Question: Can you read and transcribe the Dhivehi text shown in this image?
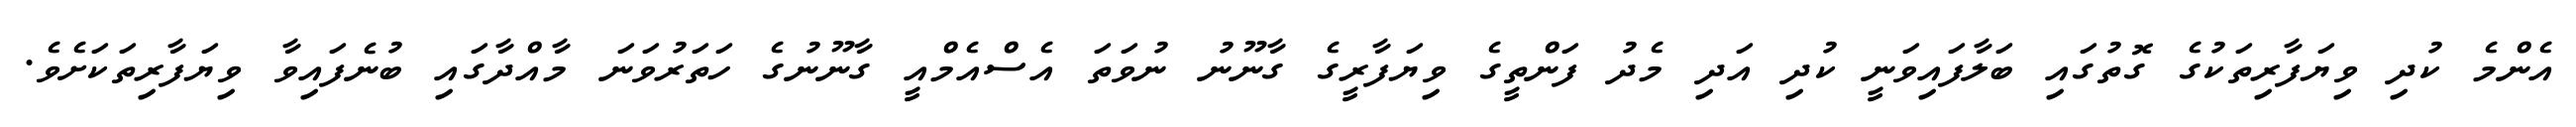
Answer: އެންމެ ކުދި ވިޔަފާރިތަކުގެ ގޮތުގައި ބަލާފައިވަނީ ކުދި އަދި މެދު ފަންތީގެ ވިޔަފާރީގެ ގާނޫނު ނުވަތަ އެސްއެމްއީ ގާނޫނުގެ ހަތަރުވަނަ މާއްދާގައި ބުނެފައިވާ ވިޔަފާރިތަކަށެވެ.